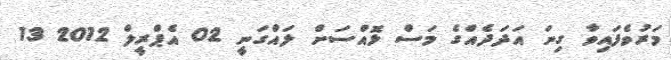
މަރުވެފައިވާ ގިނަ އަދަދެއްގެ މަސް ޅޮއްސަށް ލައްގަނީ 02 އެޕްރީލް 2012 13